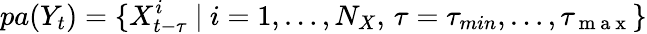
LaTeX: pa(Y_{t})=\{ X_{t-\tau}^{i}~\vert~i=1,\dots,N_{X},\, \tau=\tau_{min},\ldots,\tau_{\mathrm{~m~a~x~}}\}